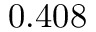
0 . 4 0 8